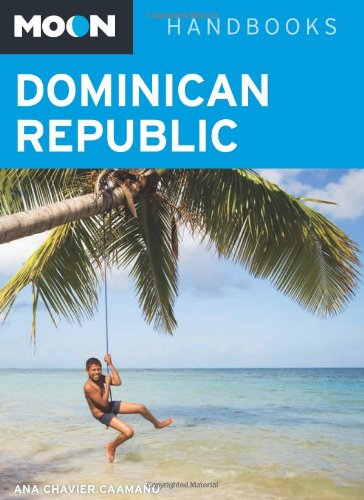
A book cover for Moon Dominican Republic (Moon Handbooks); Ana Chavier CaamaÃ±o; Travel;